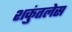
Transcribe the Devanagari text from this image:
शकुंतलेस